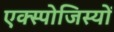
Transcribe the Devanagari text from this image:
एक्स्पोजिस्यों